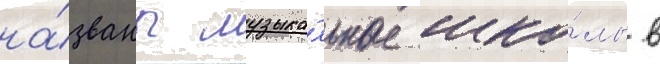
на́званы музыка́льные шко́лы в